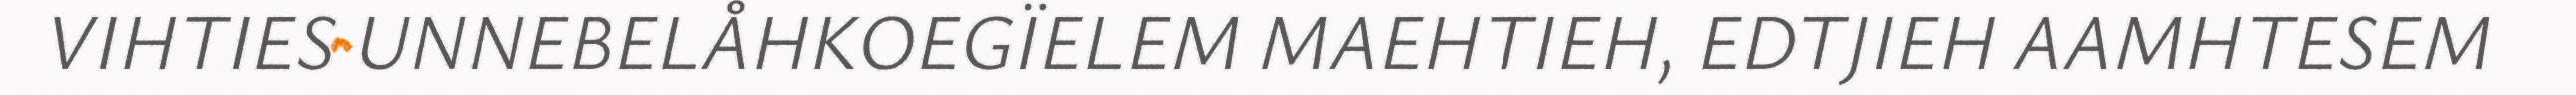
VIHTIES UNNEBELÅHKOEGÏELEM MAEHTIEH, EDTJIEH AAMHTESEM